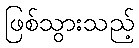
ဖြစ်သွားသည့်